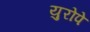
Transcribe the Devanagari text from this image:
युरोपे